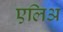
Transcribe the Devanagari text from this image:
एलिअ